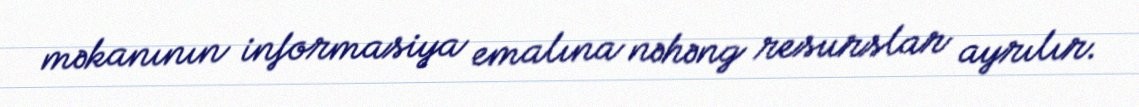
məkanının informasiya emalına nəhəng resurslar ayrılır.